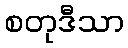
စတုဒီသာ